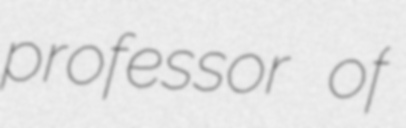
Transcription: professor of